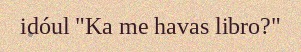
idóul "Ka me havas libro?"